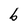
Character: b